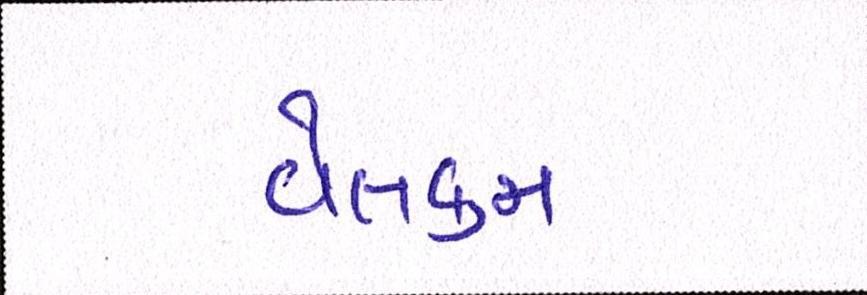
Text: વેલકમ